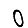
Digit: 0